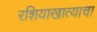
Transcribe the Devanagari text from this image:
रशियाखात्याचा